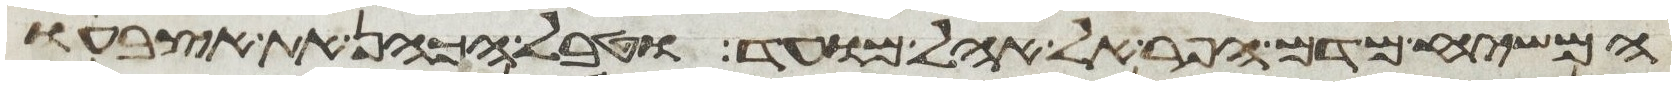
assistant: המשיח מדם הפר אל אהל מועד וטבל הכהן את אצבעו